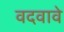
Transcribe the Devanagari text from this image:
वदवावे